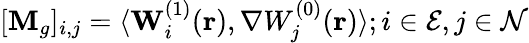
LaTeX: [\mathbf{M}_{g}]_{i,j}=\langle\mathbf{W}_{i}^{(1)}(\mathbf{r}),\nabla W_{j}^{(0)}(\mathbf{r})\rangle;i\in\mathcal{E},j\in\mathcal{N}